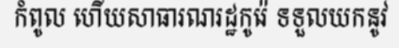
កំពូល ហើយសាធារណរដ្ឋកូរ៉េ ទទួលយកនូវ